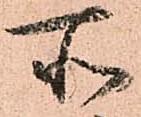
所